画像に写った文字を読んでください
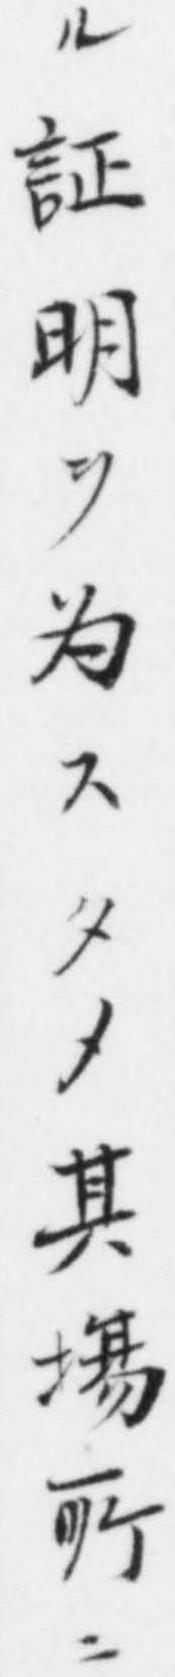
「ル証明ヲ为スタメ其塲𫝂ニ」と書いてあります